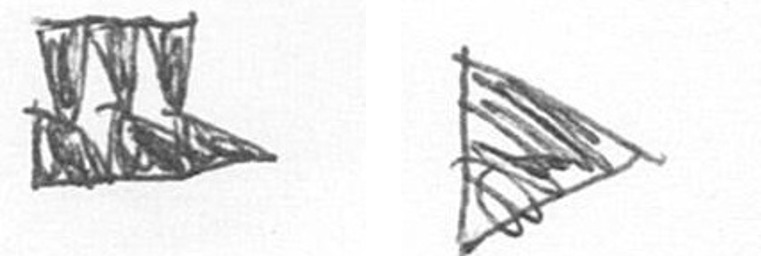
D T